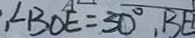
, \angle B O E = 3 0 ^ { \circ } , B E